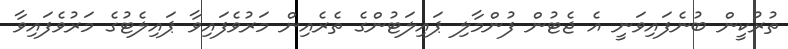
ތުރުކީން ބުނެފައިވަނީ އެ ޖެޓުން ފުންމާލި ޕައިލަޓުންގެ ތެރެއިން މަރުވެފައިވާ ޕައިލެޓުގެ މަރުވެފައިވާ